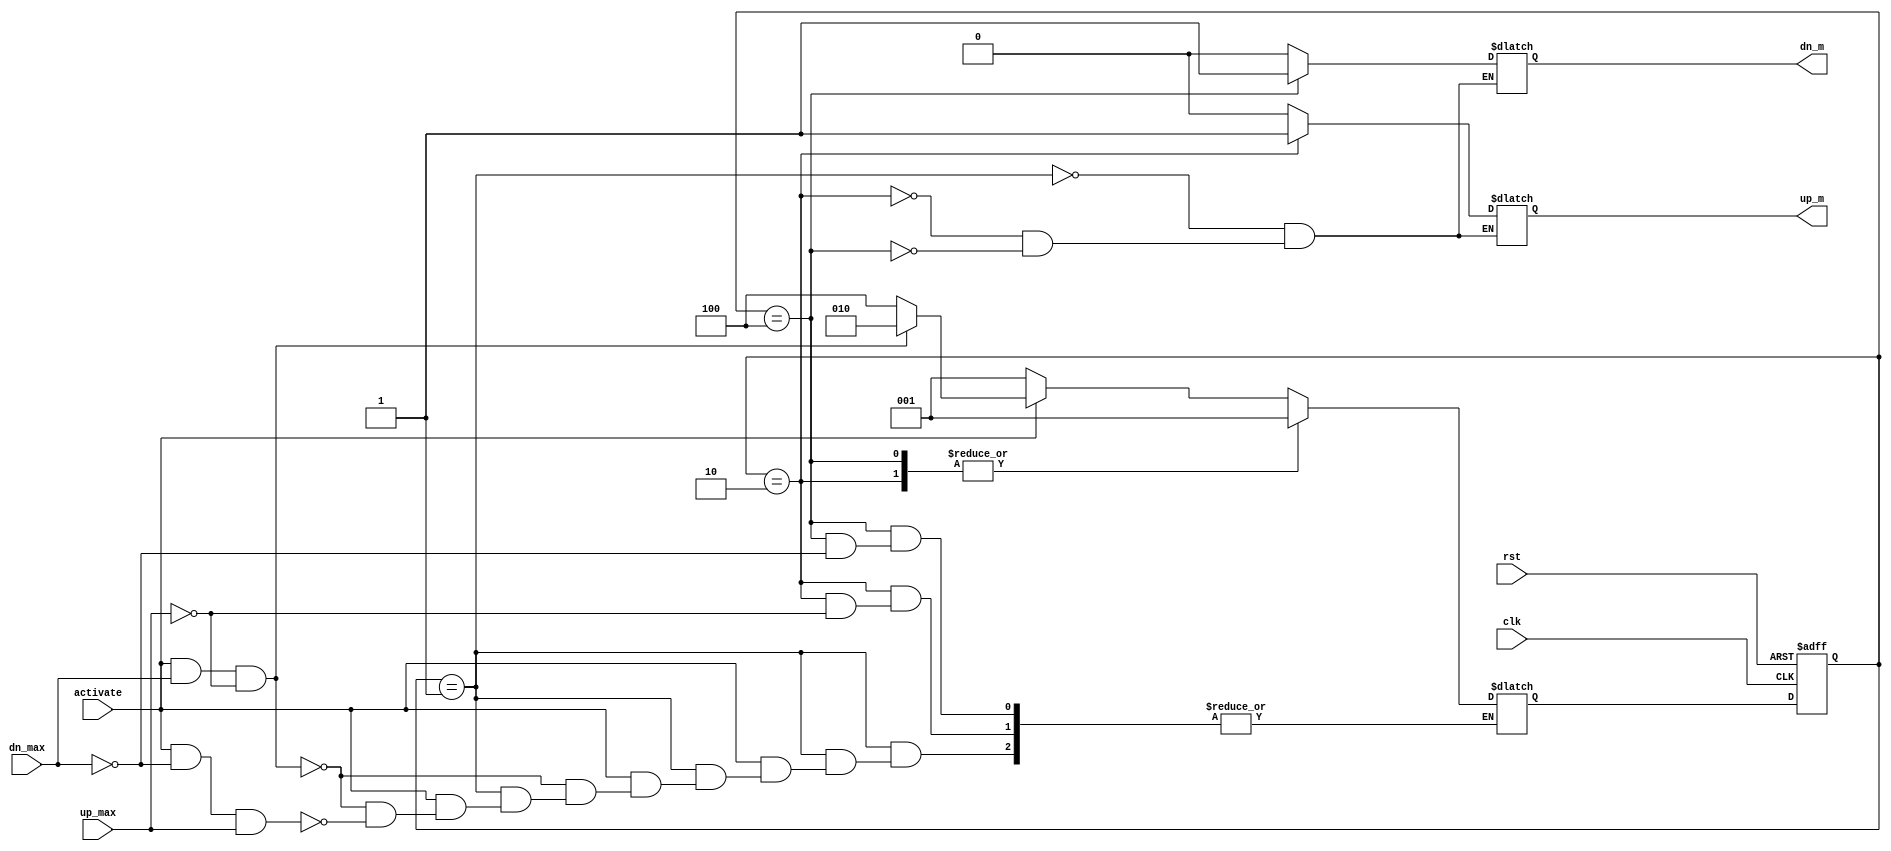
module garageController (up_max, activate, dn_max, clk, rst, up_m, dn_m);
input up_max;
input dn_max;
input activate;
input clk;
input rst;

output up_m;
output dn_m;

reg up_m;
reg dn_m;
reg [2:0] state;
reg [2:0] next_state;

localparam idle = 3'b001;
localparam mv_up = 3'b010;
localparam mv_dn = 3'b100;

always@(*)
    begin
        case (state)
        idle:
            begin
               if( activate == 0) 
               next_state = idle;
               else if ( activate == 1 && dn_max == 1 && up_max == 0 )
               next_state = mv_up;
               else if ( activate == 1 && dn_max == 0 && up_max == 1 )
               next_state = mv_dn;
               else
               next_state = next_state;
            end

            mv_up:
                begin
                    if ( up_max == 1)
                    next_state = idle;
                    else
                    next_state = next_state;
                end
            mv_dn:
                begin
                    if( dn_max == 1 )
                    next_state = idle;
                    else 
                    next_state = next_state;
                end
            default
                begin
                    next_state = 3'bx;
                end
        endcase
    end

always@(posedge clk or negedge rst)
    begin
        if(!rst)
        state <= idle;
        else
        state <= next_state;
    end

always@(*)
    begin
        
        case (state)
        idle:
        begin
            up_m = 0;
            dn_m = 0;
        end
         mv_up:
         begin
            up_m = 1;
            dn_m = 0;
         end
         mv_dn:
         begin
            up_m = 0;
            dn_m = 1;
         end
        default
        begin
            up_m = up_m;
            dn_m = dn_m;
        end
        endcase
    end
endmodule